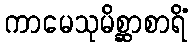
ကာမေသုမိစ္ဆာစာရိံ